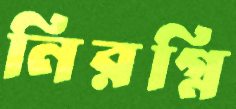
নিরগ্নি